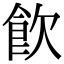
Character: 飲